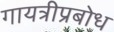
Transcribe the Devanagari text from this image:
गायत्रीप्रबोध